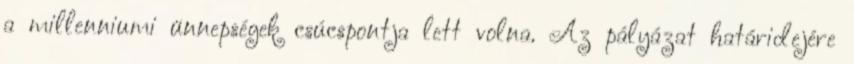
a millenniumi ünnepségek csúcspontja lett volna. Az pályázat határidejére